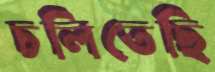
চলিতেছি